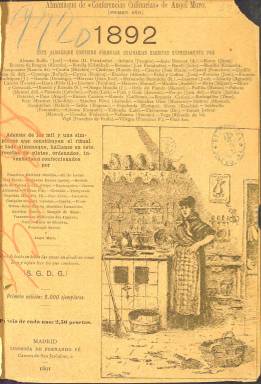
Título: Almanaque de "Conferencias culinarias"
Otros títulos: Almanaque de "Conferencias culinarias" de Ángel Muro
Colección: Almanaques || Cocina
Ámbito geográfico: Madrid
Lugar de publicación: Madrid
Fechas: 01/01/1892-31/12/1892

Este almanaque, del que sólo consta el número correspondiente a 1892, se editó como complemento a la publicación Conferencias Culinarias,  un recetario de periodicidad mensual que venía siendo editado desde hacía dos años por Ángel  Muro, uno de los escritores gastronómicos más afamados de finales de siglo XIX, con obras como El Practicón y Diccionario general de cocina.

  El almanaque contiene fórmulas culinarias escritas expresamente por renombrados autores de la época como Ramón de Campoamor, José Ortega Munilla, Vital Aza o el célebre Doctor Thebussem. Pero sobre todo incluye recetas de platos confeccionados por personajes celébres, como Lord Byron, Molière o el Papa Pío IX.

   Como corresponde a artistas de la pluma, las recetas estaban exquisitamente escritas, algunas de ellas en verso y con gracia como la que escribió José Fernández Bremón titulada Gato por liebre, en la que describe como asar a fuego lento a un gato y condimentarlo de tal forma que esté más apetitoso que una liebre.

    Podemos ver cómo preparar las gachas manchegas según la receta del dueño del famoso restaurante Lhardy, de la Carrera de San Jerónimo, o el curioso guisado de trigo, por el periodista y más tarde alcalde de Madrid José Francos Rodríguez. No faltan recetas de platos de todas las regiones y territorios de España, como el arroz a la cubana, firmada por José del Perojo, que tiene la particularidad de ser redactada cuando Cuba todavía era española.

   Entre las recetas de personajes célebres figura una costrada de asadurilla de cabrito, de Franscisco Martínez Montiño, cocinero deL rey Felipe III, cómo preparar leche de almendras, de Alejando Dumas padre, o unas chuletas regias, receta firmada por el mismo Luis Felipe, último rey de los franceses.

   El recetario se cierra, antes de dar paso al santoral, la relación de fiestas del año y el anécdotario de que consta todo almanaque, con la fórmula para preparar, según dice la publicación, el plato favorito del almuerzo español: los huevos fritos, receta que no viene firmada y que es previsible que redactara el propio director Ángel Muro.

[Descripción publicada el 26/7/2018]